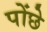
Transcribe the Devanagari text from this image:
पोंछे